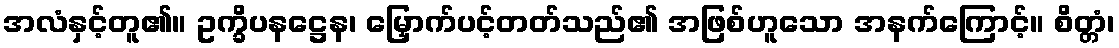
အလံနှင့်တူ၏။ ဥက္ခိပနဋ္ဌေန၊ မြှောက်ပင့်တတ်သည်၏ အဖြစ်ဟူသော အနက်ကြောင့်။ စိတ္တံ၊